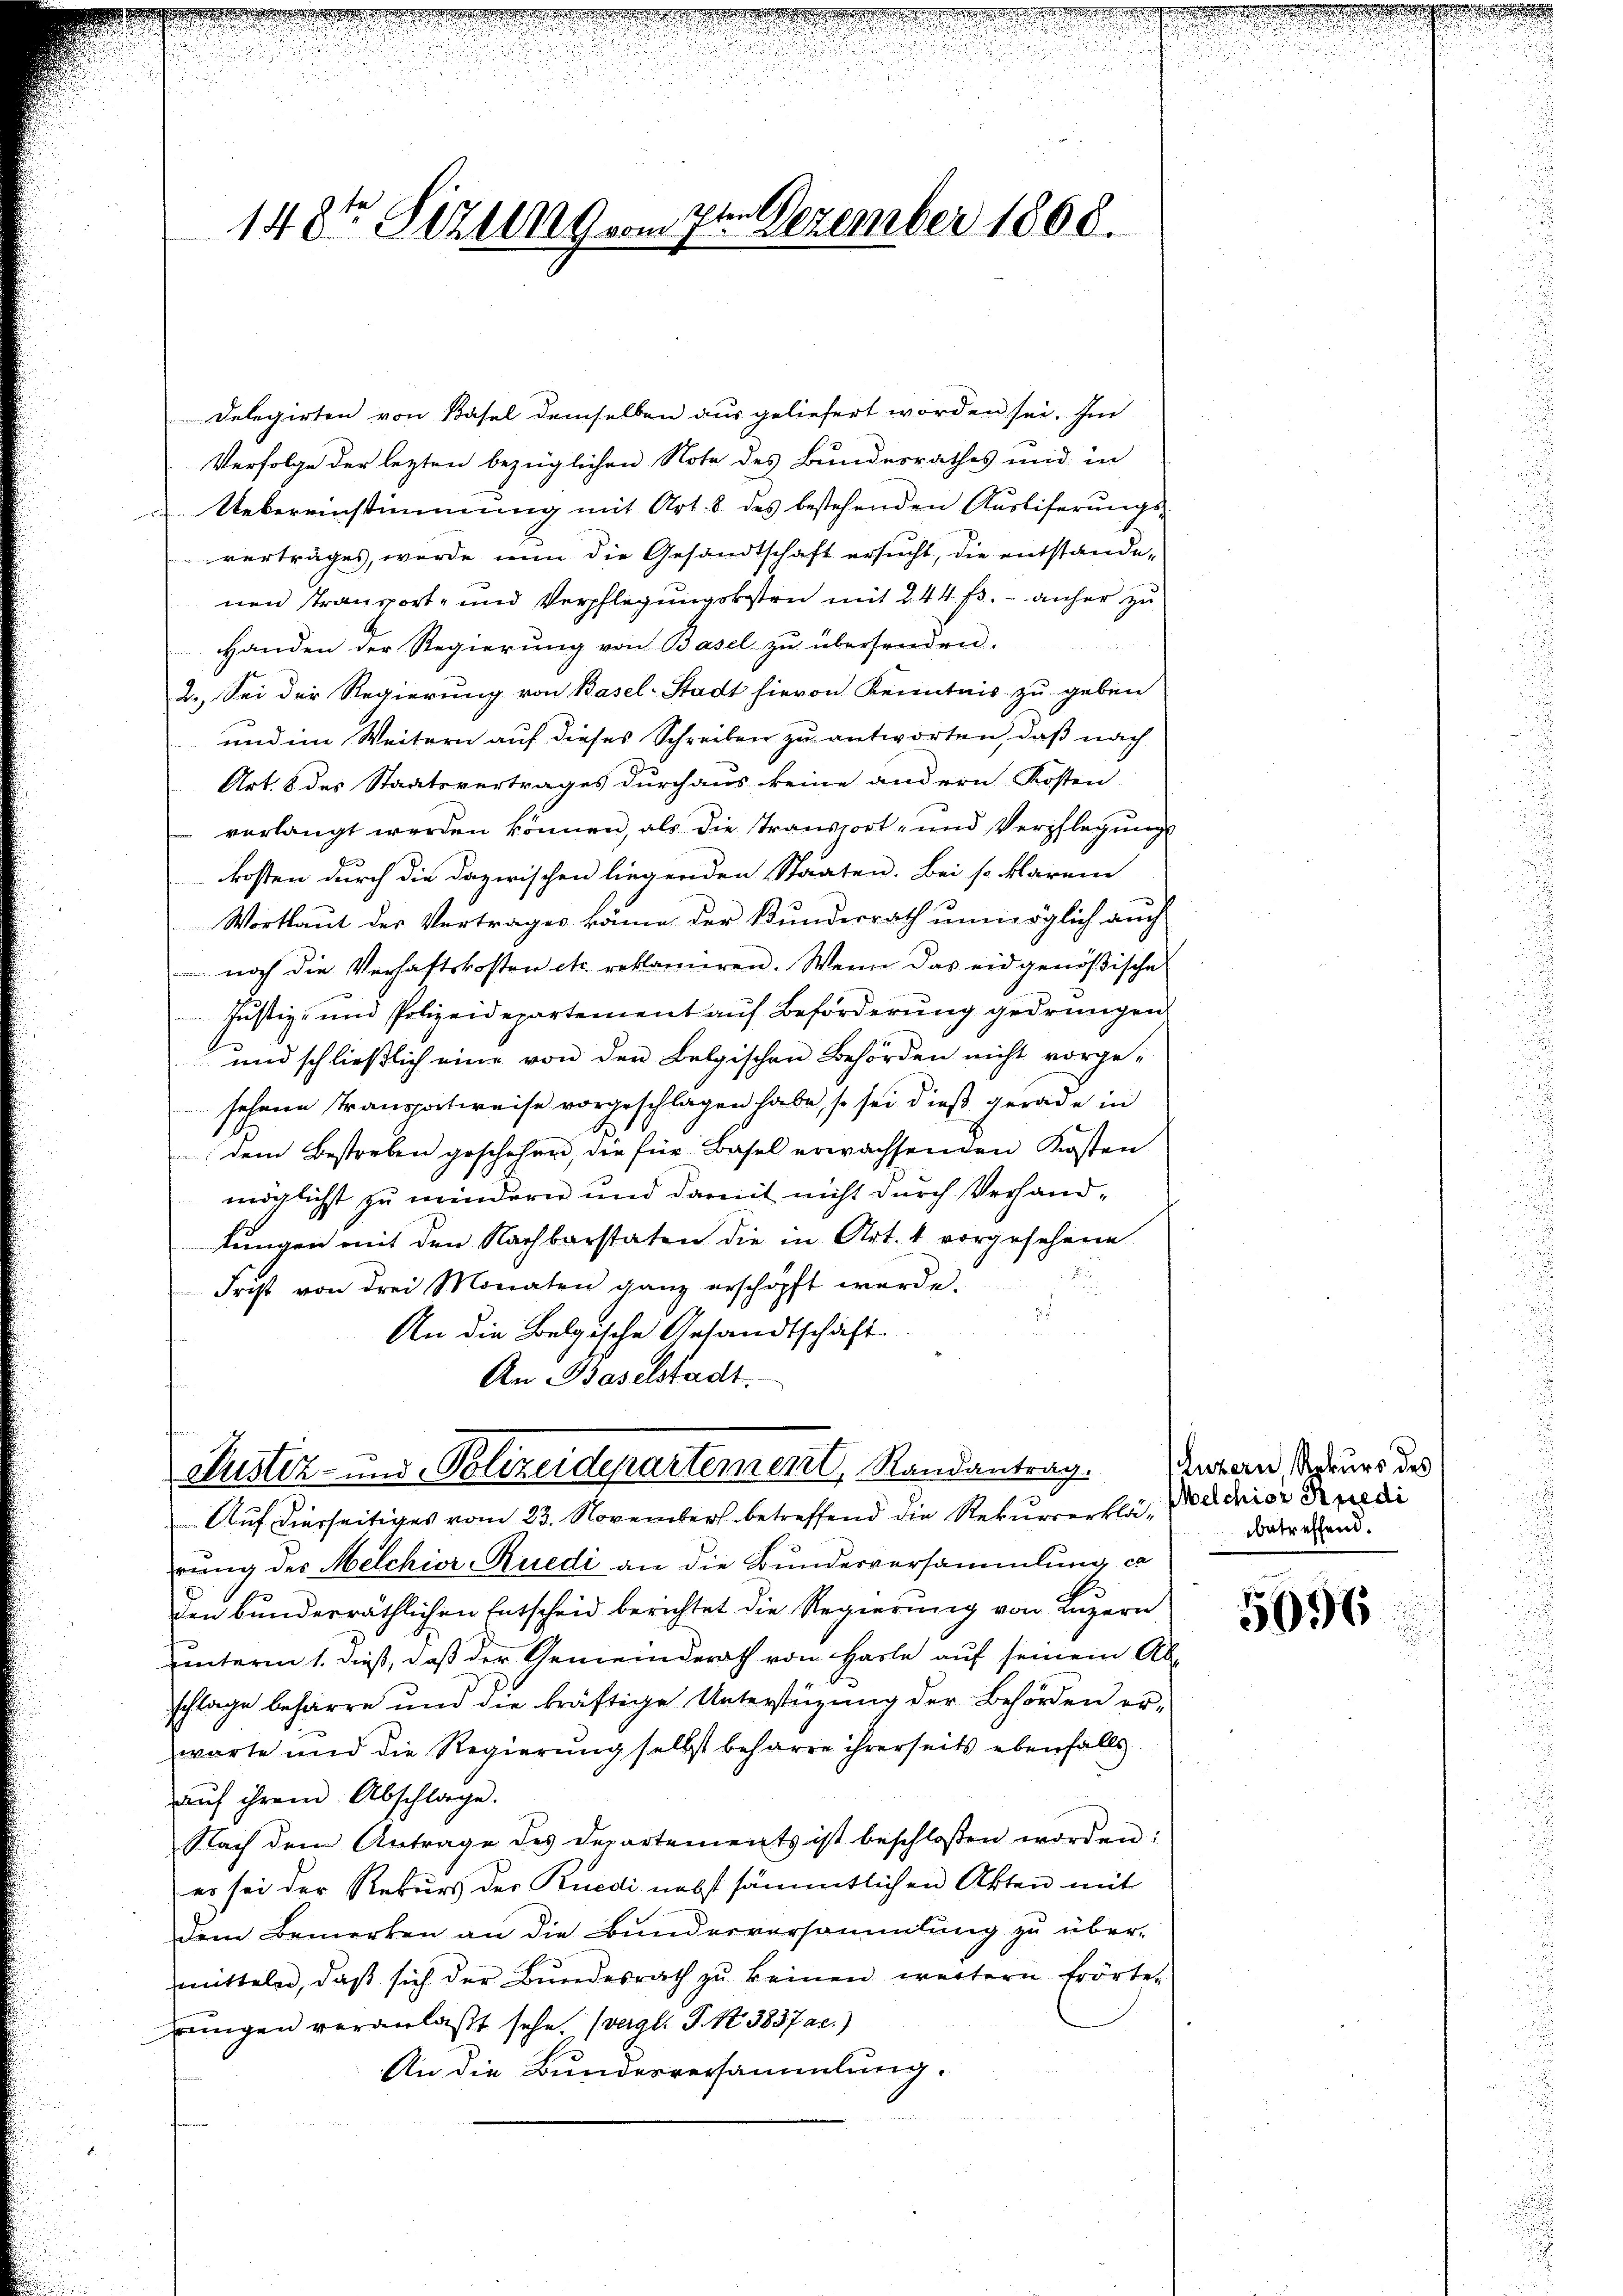
148te Sitzung vom 7ten Dezember 1868.

Delegirten von Basel demselben aus geliefert worden sei. Im
Verfolge der lezten bezüglichen Note des Bundesrathes und in
Uebereinstimmung mit Art. 8 des bestehenden Aŭsliferŭngs-
vertrages, werde nun die Gesandtschaft ersucht, die entstande-
nen stransport- und Verpflegungskosten mit 244 f. - anher zu
Handen der Regierung von Basel zŭ übersenden.
2.) Sei der Regierung von Basel-Stadt hievon Kenntnis zu geben
und im Weitern auf dieses Schreiben zu antworten, daß nach
Art. 8 des Staatsvertrages durchaus keine andern Kosten
vorlangt werden können, als die Transport- und Verpflegungs
kosten durch die dazwischen liegenden Staaten. Bei so klarem
Wortlaut der Vertrages käme der Bundesrath unmöglich auch
 noch die Verhaftskosten etc. reklamiren. Wenn das eidgenößische
Justiz- und Polizeidepartement aŭf Beförderŭng gedrungen.
und schließlich eine von den Belgischen Behörden nicht vorge-
sehene Transportweise vorgeschlagen habe, so sei dieß gerade in
A.
dem Bestreben geschehen, die für Basel erwachsenden Kosten
möglichst zu mindern und damit nicht durch Verhandlungen mit den Nachbarstaten die in Art. 1 vorgesehene
Frist von drei Monaten ganz erschöpft werde.
u
An die Belgische Gesandtschäft.
An Baselstadt.

Justiz- und Polizeidepartement, Randantrag.
Auf dierseitiges vom 23. November betreffend die Rekurrerkla, Madrior Kredi

rung des Melchior Ruedi an die Bundesversammlung ex
den bunderräthlichen Entscheid berichtet die Regierung von Luzern
unterm 1. dieß, daß der Gemeinderath von Harle auf seinem Ab-
schlage beharre und die kräftige Unterstüzung der Behörden er-
warte und die Regierung selbst beharre ihrerseits ebenfalls
aŭf ihrem Abschlage.
Nach dem Antrage des Departements ist beschloßen worden:
er sei der Rekurs der Rüedi nebst sämmtlichen Akten mit
dem Bemerken an die Bunderversammlung zu übermitteln, daβ sich der Bŭndesrath zŭ keinen weitern Erörte.
rungen veranlaßt sehe. (vergl. P. Nr. 3837ac.)
An die Bunderversammlung.

Luzern, Rekurs des
betreffend.

5096